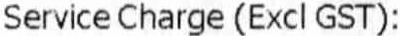
SERVICE CHARGE (EXCL GST):